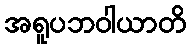
အရူပဘဝါယာတိ